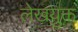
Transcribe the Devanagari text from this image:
लेखयुक्त